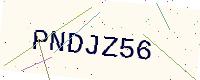
Text: PNDJZ56